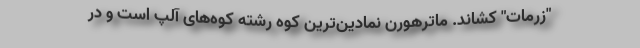
"زرمات" کشاند. ماترهورن نمادین‌ترین کوه رشته‌ کوه‌های آلپ است و در